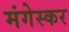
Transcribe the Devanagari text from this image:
मंगेस्कर